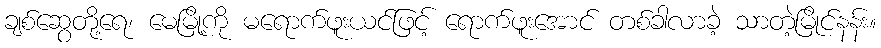
ချစ်ဆွေတို့ရေ၊ မေမြို့ကို မရောက်ဖူးယင်ဖြင့် ရောက်ဖူးအောင် တစ်ခါလာခဲ့ သာတဲ့မြိုင်နန်း။